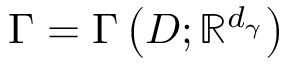
\Gamma = \Gamma \left( D ; \mathbb { R } ^ { d _ { \gamma } } \right)